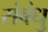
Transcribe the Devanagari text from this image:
संबंधु